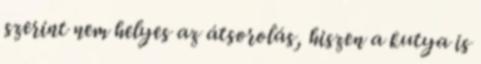
szerint nem helyes az átsorolás, hiszen a kutya is